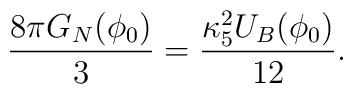
\frac{8\pi G_N(\phi_0)}{3}=\frac{\kappa_5^2 U_B(\phi_0)}{12}.